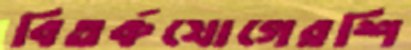
বিতর্কযোগেরশি